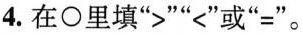
4.在○里填”>””<”或”=”。